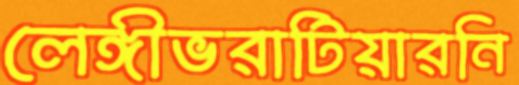
লেঙ্গীভরাটিয়ারনি